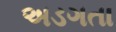
અડગતા